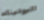
البروتينات